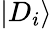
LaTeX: \left|D_{i}\right>